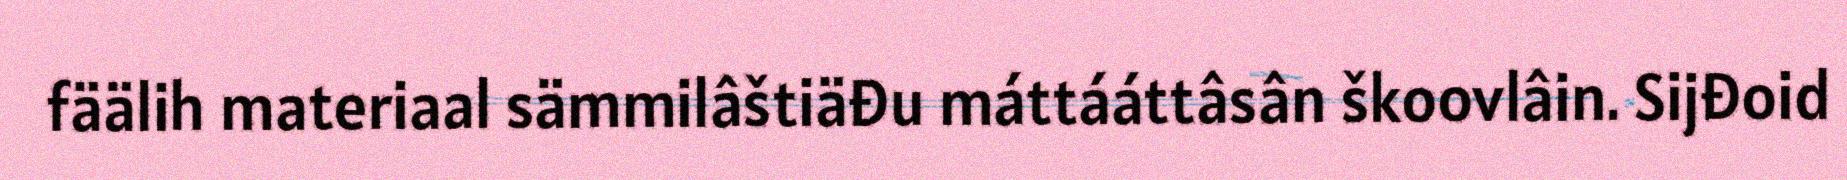
fäälih materiaal sämmilâštiäđu máttááttâsân škoovlâin. Sijđoid